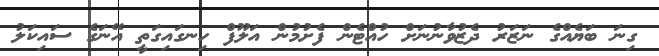
ގިނަ ބަޔެއްގެ ނަޒަރު ދެޒުވާނުނަށް ހުއްޓެން ފެށުމުން އަލޫފް ހިނގައިގަތީ އޭނަގެ ސައިކަލު